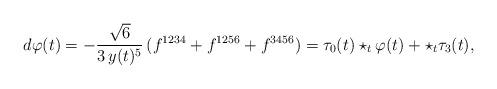
LaTeX: \begin{align*}d\varphi (t)=-\frac{\sqrt{6}}{3\,y(t)^5}\,(f^{1234}+f^{1256}+f^{3456})=\tau_0(t)\star_t\varphi(t)+\star_t\tau_3(t),\end{align*}